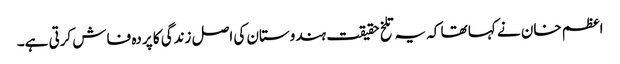
اعظم خان نے کہا تھا کہ یہ تلخ حقیقت ہندوستان کی اصل زندگی کا پردہ فاش کرتی ہے۔